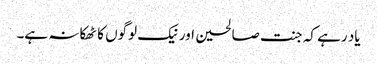
یاد رہے کہ جنت صالحین اور نیک لوگوں کا ٹھکانہ ہے۔